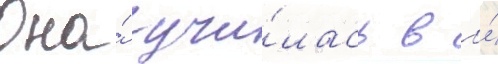
Она́ учи́лась в и́